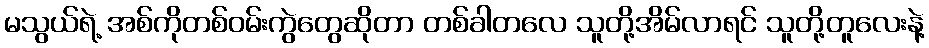
မသွယ်ရဲ့ အစ်ကိုတစ်ဝမ်းကွဲတွေဆိုတာ တစ်ခါတလေ သူတို့အိမ်လာရင် သူတို့တူလေးနဲ့